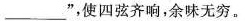
\underline”，使四弦齐响，余味无穷。